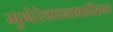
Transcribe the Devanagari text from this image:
मुनेरेकान्तवासिनः